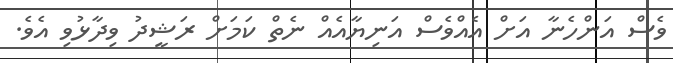
ވެސް އަންހެނާ އަށް އެއްވެސް އަނިޔާއެއް ނެތް ކަމަށް ރަޝީދު ވިދާޅުވި އެވެ.